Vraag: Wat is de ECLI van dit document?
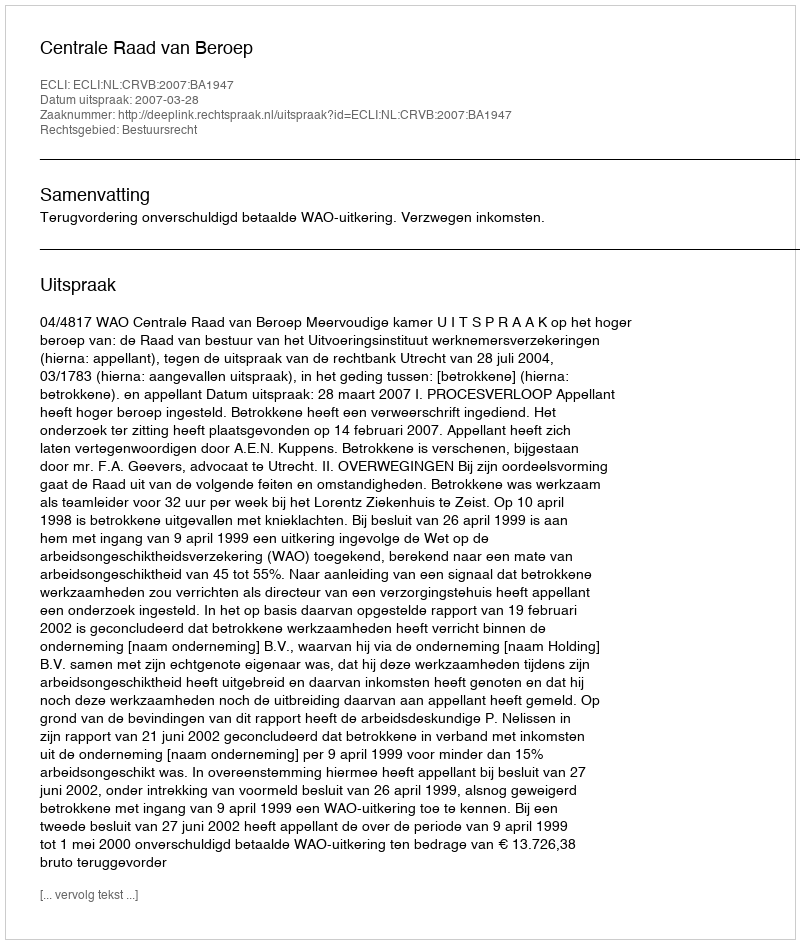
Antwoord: ECLI:NL:CRVB:2007:BA1947